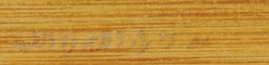
بيع وشراء الأجهزة الطبية